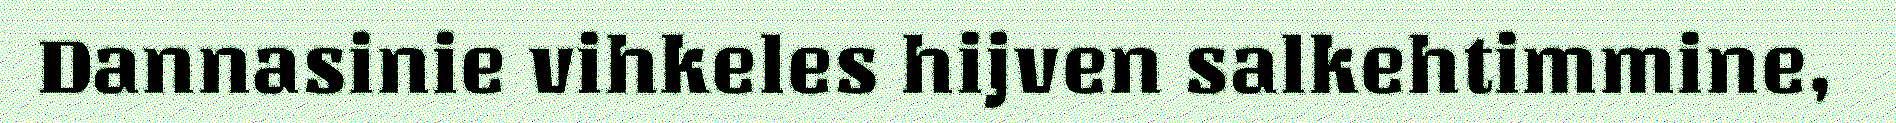
Dannasinie vihkeles hijven salkehtimmine,